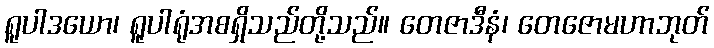
ရူပါဒယော၊ ရူပါရုံအစရှိသည်တို့သည်။ တေဇာဒီနံ၊ တေဇောမဟာဘုတ်